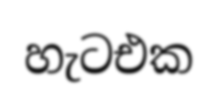
හැටඑක